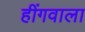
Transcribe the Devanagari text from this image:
हींगवाला